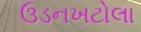
ઉડનખટોલા